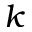
k